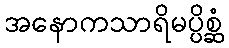
အနောကသာရိမပ္ပိစ္ဆံ